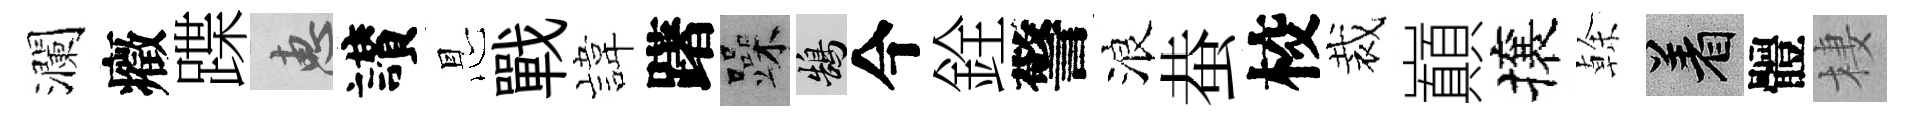
瀾癥蹀惠讃㤙戰旗躇躁鵠今銓警浪蛬校裁巔攘𠏉著體棲